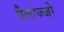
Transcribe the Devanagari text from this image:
पैलाज्जो